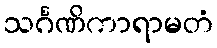
သင်္ဂဏိကာရာမတံ